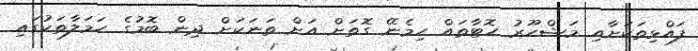
ފައްޅިތަކަށާއި މަޝްހޫރު ހޮޓާތައް ހިމެނޭ ގޮތަށް އަށް ތަނަކަށް ދިން ބޮމުގެ ހަމަލާތަކުގައި